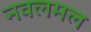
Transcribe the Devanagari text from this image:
नवलमल